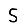
Digit: 5